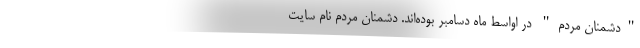
"دشمنان مردم" در اواسط ماه دسامبر بوده‌اند. دشمنان مردم نام سایت